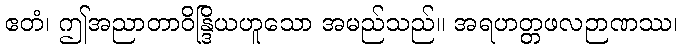
ဧတံ၊ ဤအညာတာဝိန္ဒြိယဟူသော အမည်သည်။ အရဟတ္တဖလဉာဏဿ၊